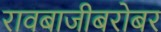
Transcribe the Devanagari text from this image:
रावबाजीबरोबर